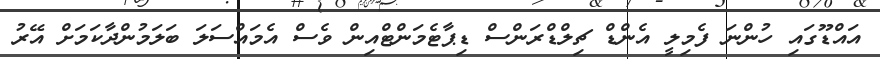
އައްޑޫގައި ހުންނަ ފެމިލީ އެންޑް ޗިލްޑްރަންސް ޑިޕާޓެމަންޓްއިން ވެސް އެމައްސަލަ ބަލަމުންދާކަމަށް އޭރު